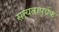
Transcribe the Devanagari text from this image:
सत्यतापूर्वक